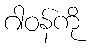
ဂါဝန်ကို